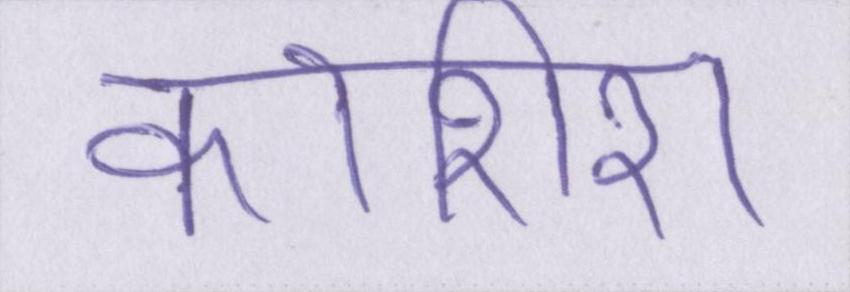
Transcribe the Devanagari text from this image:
कोशिश